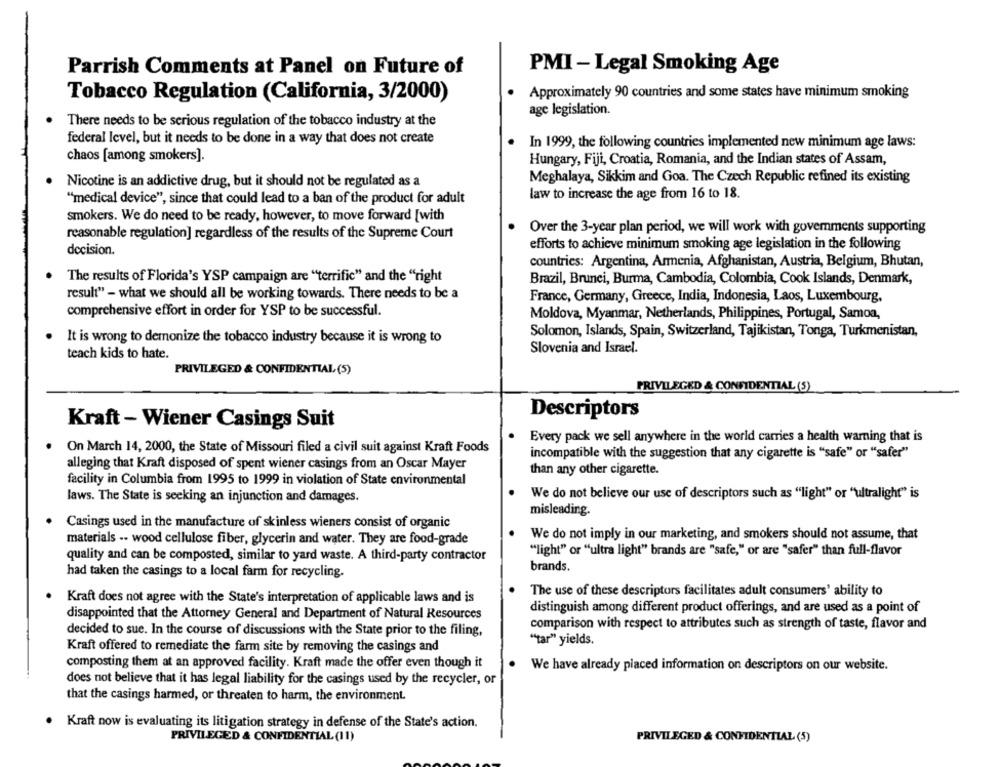
Parrish Comments at Panel on Future of
PMI - Legal Smoking Age
Tobacco Regulation (California, 3/2000)
Approximately 90 countries and some states have minimum smoking
age legislation.
There needs to be serious regulation of the tobacco industry at the
federal Icvel, but it needs to be done in a way that does not create
In 1999, the following countries implemented new minimum age laws:
chaos [among smokers].
Hungary, Fiji, Croatia, Romania, and the Indian states of Assam,
Nicotine is an addictive drug, but it should not be regulated as a
Meghalaya, Sikkim and Goa. The Czech Republic refined its existing
"medical device", since that could lead to a ban of the product for adult
law to increase the age from 16 to 18.
smokers. We do need to be ready, however, to move forward [with
Over the 3-year plan period, we will work with governments supporting
reasonable regulation] regardless of the results of the Supreme Court
efforts to achieve minimum smoking age legislation in the following
decision.
countries: Argentina, Armenia, Afghanistan, Austria, Belgium, Bhutan,
The results of Florida's YSP campaign are "terrific" and the "right
Brazil, Brunei, Burma, Cambodia, Colombia, Cook Islands, Denmark,
result" - what we should all be working towards. There needs to be a
France, Germany, Greece, India, Indonesia, Laos, Luxembourg,
comprehensive effort in order for YSP to be successful.
Moldova, Myanmar, Netherlands, Philippines, Portugal, Samoa,
Solomon, Islands, Spain, Switzerland, Tajikistan, Tonga, Turkmenistan,
It is wrong to demonize the tobacco industry because it is wrong to
Slovenia and Israel.
teach kids to hate.
PRIVILEGED & CONFIDENTIAL (5)
PRIVILEGED & CONFIDENTIAL (5)
Descriptors
Kraft - Wiener Casings Suit
Every pack we sell anywhere in the world carries a health warning that is
On March 14, 2000, the State of Missouri filed a civil suit against Kraft Foods
incompatible with the suggestion that any cigarette is "safe" or "safer"
alleging that Kraft disposed of spent wiener casings from an Oscar Mayer
than any other cigarette.
facility in Columbia from 1995 to 1999 in violation of State environmental
laws. The State is seeking an injunction and damages.
We do not believe our use of descriptors such as "light" or "ultralight" is
misleading.
Casings used in the manufacture of skinless wieners consist of organic
We do not imply in our marketing, and smokers should not assume, that
materials .- wood cellulose fiber, glycerin and water. They are food-grade
"light" or "ultra light" brands are "safe," or are "safer" than full-flavor
quality and can be composted, similar to yard waste. A third-party contractor
brands.
had taken the casings to a local farm for recycling.
Kraft does not agree with the State's interpretation of applicable laws and is
The use of these descriptors facilitates adult consumers' ability to
distinguish among different product offerings, and are used as a point of
disappointed that the Attorney General and Department of Natural Resources
comparison with respect to attributes such as strength of taste, flavor and
decided to sue. In the course of discussions with the State prior to the filing,
"tar" yields.
Kraft offered to remediate the farm site by removing the casings and
composting them at an approved facility. Kraft made the offer even though it
We have already placed information on descriptors on our website.
does not believe that it has legal liability for the casings used by the recycler, or
that the casings harmed, or threaten to harm, the environment.
Kraft now is evaluating its litigation strategy in defense of the State's action.
PRIVILEGED & CONFIDENTIAL (11)
PRIVILEGED & CONFIDENTIAL (5)